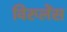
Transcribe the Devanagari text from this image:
विरुलेंस